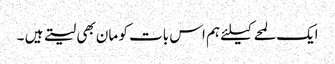
ایک لمحے کیلئے ہم اس بات کو مان بھی لیتے ہیں ۔